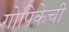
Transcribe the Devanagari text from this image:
गोपिकेची